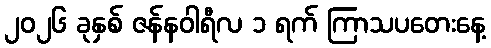
၂၀၂၆ ခုနှစ် ဇန်နဝါရီလ ၁ ရက် ကြာသပတေးနေ့